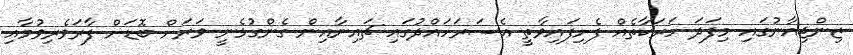
ޒިންޖިއާނުގައި މިފަދަ ހަރަކާތެއް ފެށިފައިވާތީ އެސަރަހައްދުގައި ޗައިނާއިން ގެންގުޅެނީ ވަރަށް ބޮޑަށް ފާރަވެރިވުމާއި